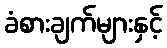
ခံစားချက်များနှင့်